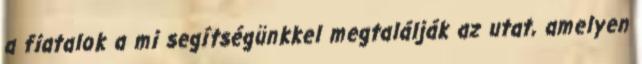
a fiatalok a mi segítségünkkel megtalálják az utat, amelyen